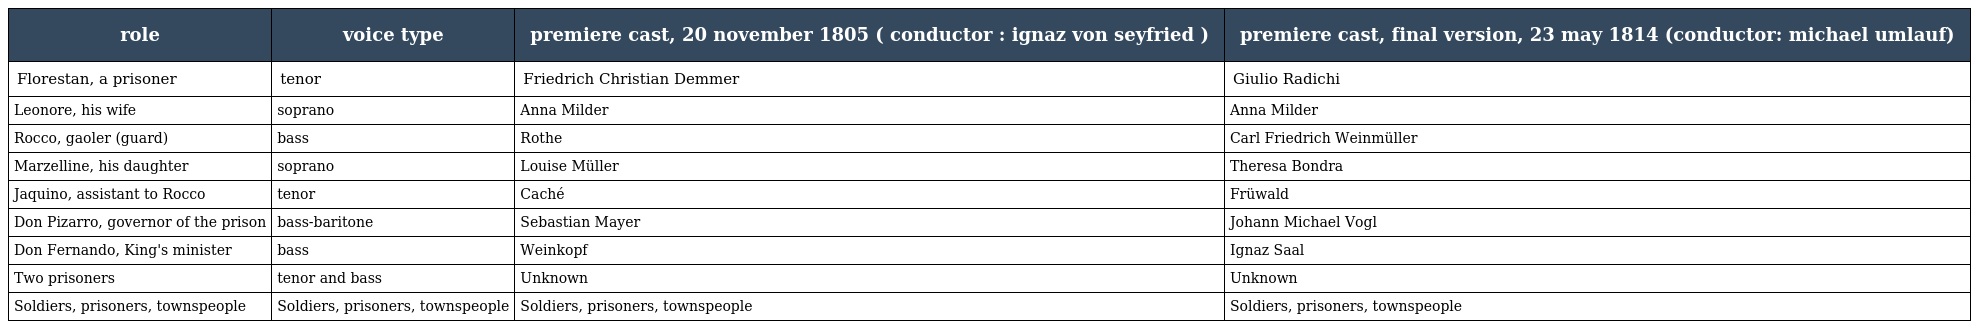
| role | voice type | premiere cast, 20 november 1805 ( conductor : ignaz von seyfried ) | premiere cast, final version, 23 may 1814 (conductor: michael umlauf) |
 | --- | --- | --- | --- |
 | Florestan, a prisoner | tenor | Friedrich Christian Demmer | Giulio Radichi |
 | Leonore, his wife | soprano | Anna Milder | Anna Milder |
 | Rocco, gaoler (guard) | bass | Rothe | Carl Friedrich Weinmüller |
 | Marzelline, his daughter | soprano | Louise Müller | Theresa Bondra |
 | Jaquino, assistant to Rocco | tenor | Caché | Früwald |
 | Don Pizarro, governor of the prison | bass-baritone | Sebastian Mayer | Johann Michael Vogl |
 | Don Fernando, King's minister | bass | Weinkopf | Ignaz Saal |
 | Two prisoners | tenor and bass | Unknown | Unknown |
 | Soldiers, prisoners, townspeople | Soldiers, prisoners, townspeople | Soldiers, prisoners, townspeople | Soldiers, prisoners, townspeople |